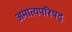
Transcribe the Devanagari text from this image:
अमात्यपरिषद्